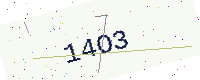
Text: 14O3